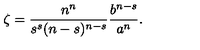
\zeta = \frac { n ^ { n } } { s ^ { s } ( n - s ) ^ { n - s } } \frac { b ^ { n - s } } { a ^ { n } } .